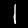
Label: 1